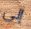
إلى